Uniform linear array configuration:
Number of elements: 64
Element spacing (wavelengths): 0.75
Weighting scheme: binomial
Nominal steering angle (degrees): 0
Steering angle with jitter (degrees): -0.218
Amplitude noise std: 0.05
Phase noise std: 0.05

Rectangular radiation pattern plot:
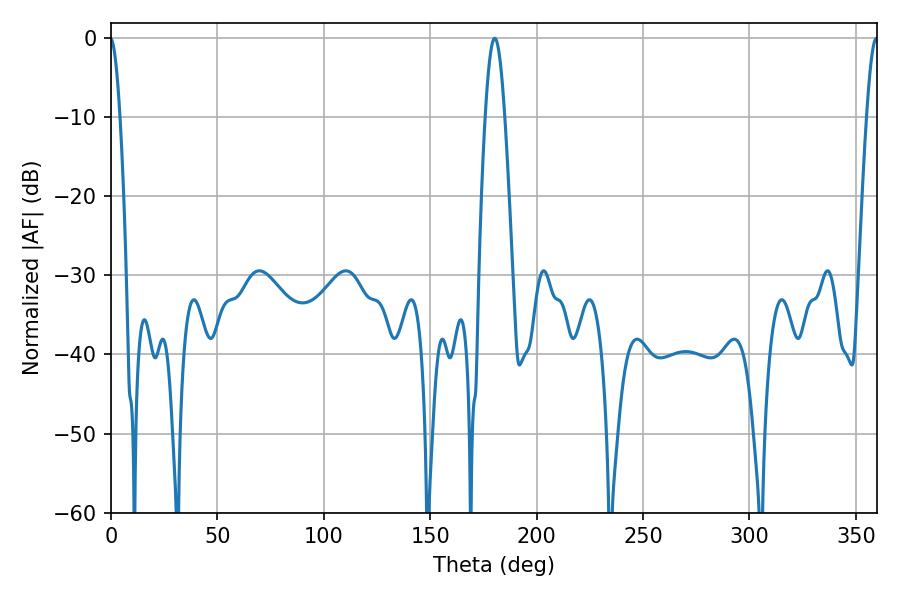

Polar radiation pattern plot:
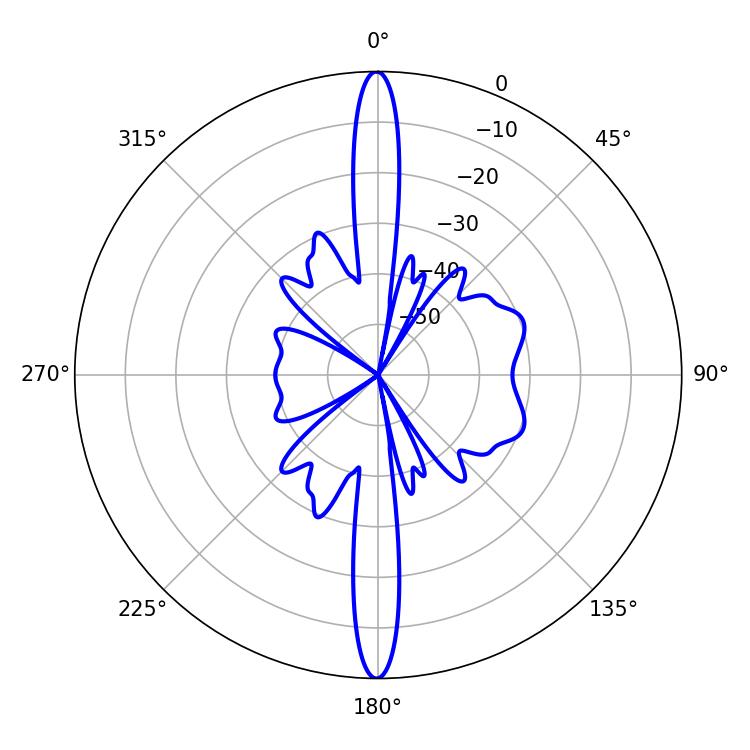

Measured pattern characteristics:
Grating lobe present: TRUE
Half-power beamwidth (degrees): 5.04
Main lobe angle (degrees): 180.36